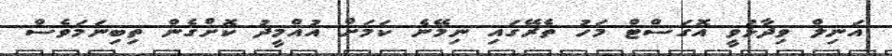
އަނިލް ވިދާޅުވީ އޮގަސްޓް މަހު ތެރޭގައި ނިމޭނެ ކަމަށް އުއްމީދު ކޮށްގެން ތިބިނަމަވެސް